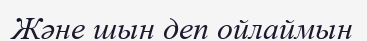
Және шын деп ойлаймын